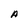
Character: A